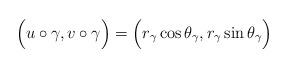
LaTeX: \begin{align*}\Big( u \circ \gamma, v \circ \gamma \Big) = \Big( r_\gamma \cos \theta_\gamma, r_\gamma \sin \theta_\gamma \Big)\end{align*}